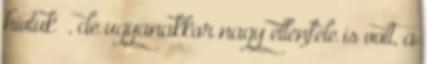
hívtuk , de ugyanakkor nagy ellenfele is volt, a